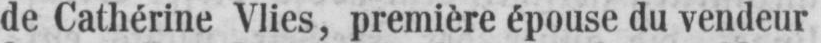
de Cathérine Vlies, première épouse du vendeur